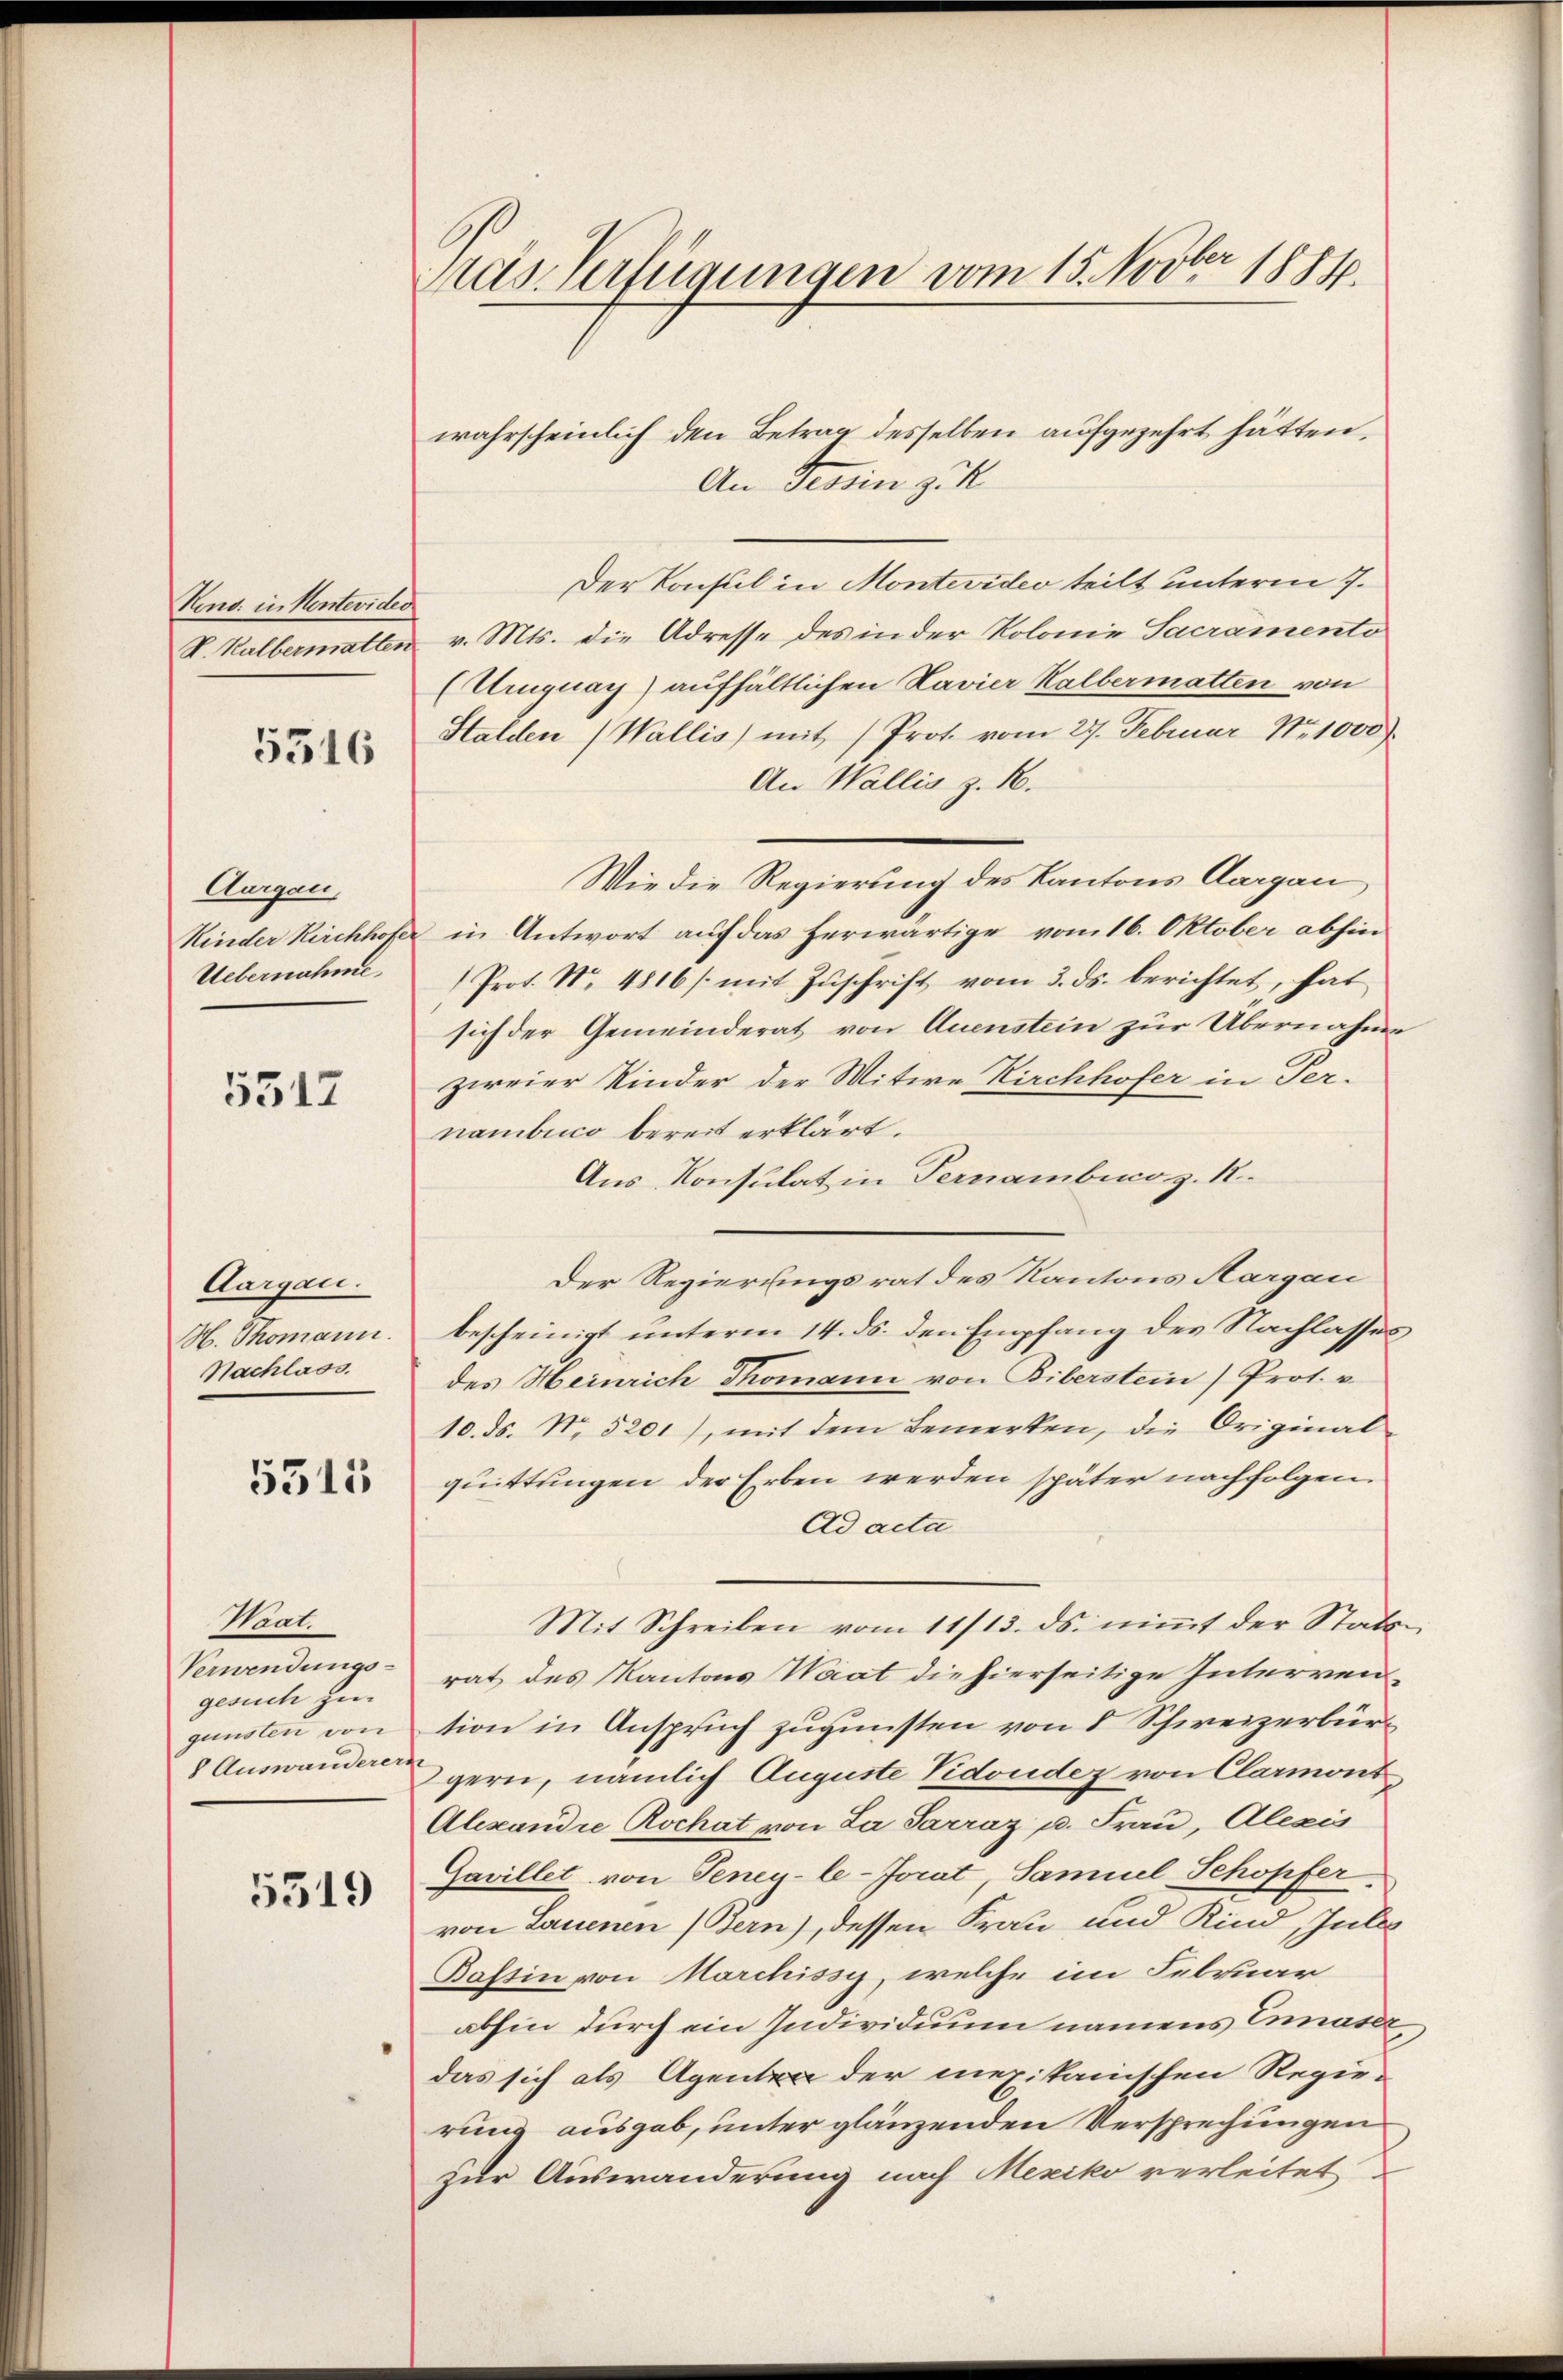
Kond. in Kontevider

5316

Aurgau,

5517

Aargau.
Nachlass.

5311

Maat
gesuch zu-

5519

Pras Verfügungen vom 15. Novber 1884.

wahrscheinlich den Betrag desselben aufgezehrt hätten.
An Tessin zuk
Der Konsul in Montevideo teilt unterm 7.
V. Halbermatten v. Mts. die Adresse des in der Kolonie Sacramento
(Uruguay) aufhältlichen Navier Kalbermatten von
Stalden (Wallis) mit (Prot. vom 27. Februar Nr. 1000).
An Wallis z. B.
Wie die Regierung des Kantons Aargau
Kinder Kirchhofer in Antwort auf das herwärtige vom 16. Oktober abhin
Uebernahme.  Prot. No. 4816 /: mit Zŭschrift vom 3. ds. berichtet, hat
sich der Gemeinderat von Quenstein zur Übernahme
zirrier Kinder der Witwe Kirchhofer in Ternamblico bereit erklärt.
Aus Konsulat in Pernambinoz. 18.
Der Regierungsrat des Kantons Aargau
H. Thomann. bescheinigt ŭnterm 14. ds. den Empfang des Nachlasses
des Heinrich Thomann von Biberstein) Prot. u
10. ds. No. 5201), mit dem Bemerken, die Original-
quittungen der Erben werden später nachfolgen.
Ad acta
Mit Schreiben vom 11/13. ds. niṁt der Stats-
Verwendungsrat des Kantons Waat die hierseitige Interrengunsten von tion in Anspruch zugunsten von 8 Schweizerbür¬
Auswanden gern, nämlich Auguste Vidoudez von Clarmont
Alexandre Rochat von La Sarraz u. Frau, Alexis
Gavillet von Teney-le-Jorat, Samuel Schopfer
von Lauenen (Bern), dessen Frau und Kind, Inter
Bastin von Marchissy, welche im Februar
abhin durch ein Individuum namens Ennaser
das sich als Agentra der mexikanischen Regie-
rung ausgab, unter glänzenden Versprechungen
zur Auswanderung nach Mexiko verleitet